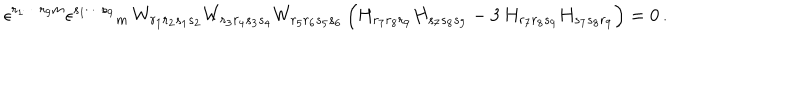
LaTeX: \epsilon ^ { r _ { 1 } \cdots r _ { 9 } m } \epsilon ^ { s _ { 1 } \cdots s _ { 9 } } { } _ { m } \, W _ { r _ { 1 } r _ { 2 } s _ { 1 } s _ { 2 } } W _ { r _ { 3 } r _ { 4 } s _ { 3 } s _ { 4 } } W _ { r _ { 5 } r _ { 6 } s _ { 5 } s _ { 6 } } \, \Big ( H _ { r _ { 7 } r _ { 8 } r _ { 9 } } H _ { s _ { 7 } s _ { 8 } s _ { 9 } } - 3 \, H _ { r _ { 7 } r _ { 8 } s _ { 9 } } H _ { s _ { 7 } s _ { 8 } r _ { 9 } } \Big ) = 0 \, .